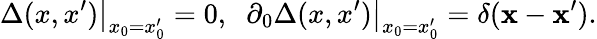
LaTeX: \left.\Delta(x,x^{\prime})\right|_{x_{0}=x_{0}^{\prime}}=0,\; \; \left.\partial_{0}\Delta(x,x^{\prime})\right|_{x_{0}=x_{0}^{\prime}}=\delta({\mathbf x}-{\mathbf x}^{\prime}).